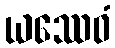
ယဿေဝံ